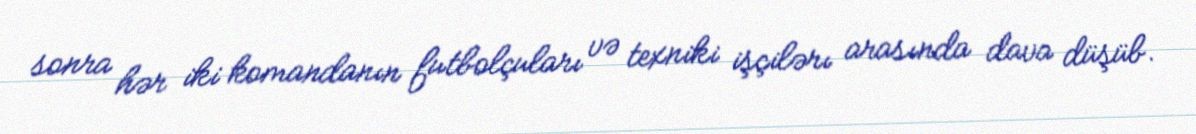
sonra hər iki komandanın futbolçuları və texniki işçilərı arasında dava düşüb.